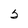
Character: 5